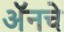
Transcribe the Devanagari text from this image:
अॅनचे